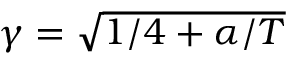
\gamma = \sqrt { 1 / 4 + \alpha / T }